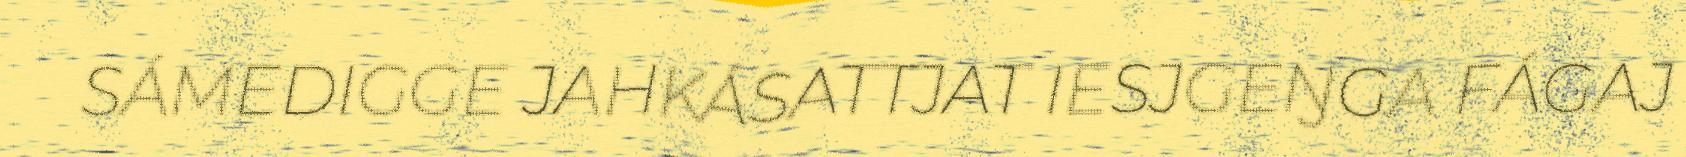
SÁMEDIGGE JAHKÁSATTJAT IESJGEŊGA FÁGAJ